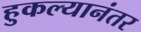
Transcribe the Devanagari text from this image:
हुकल्यानंतर